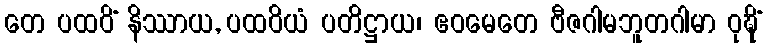
တေ ပထဝိံ နိဿာယ, ပထဝိယံ ပတိဋ္ဌာယ၊ ဧဝမေတေ ဗီဇဂါမဘူတဂါမာ ဝုဍ္ဎိံ